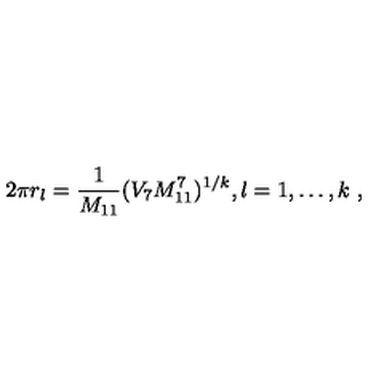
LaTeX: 2 \pi r _ { l } = \frac { 1 } { M _ { 1 1 } } ( V _ { 7 } M _ { 1 1 } ^ { 7 } ) ^ { 1 / k } , l = 1 , \ldots , k \ ,